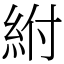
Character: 紨